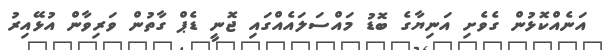
އަނެއްކޮޅުން ގެވެށި އަނިޔާގެ ބޮޑު މައްސަލައެއްގައި ޖޮނީ ޑެޕް ގާތުން ވަރިވާން އުޅޭއިރު